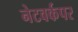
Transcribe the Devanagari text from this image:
नेटवर्कपर